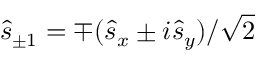
\hat { s } _ { \pm 1 } = \mp ( \hat { s } _ { x } \pm i \hat { s } _ { y } ) / \sqrt { 2 }